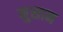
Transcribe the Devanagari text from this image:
मुसान